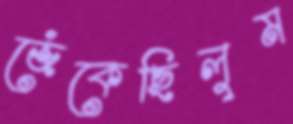
জেঁকেছিলুম